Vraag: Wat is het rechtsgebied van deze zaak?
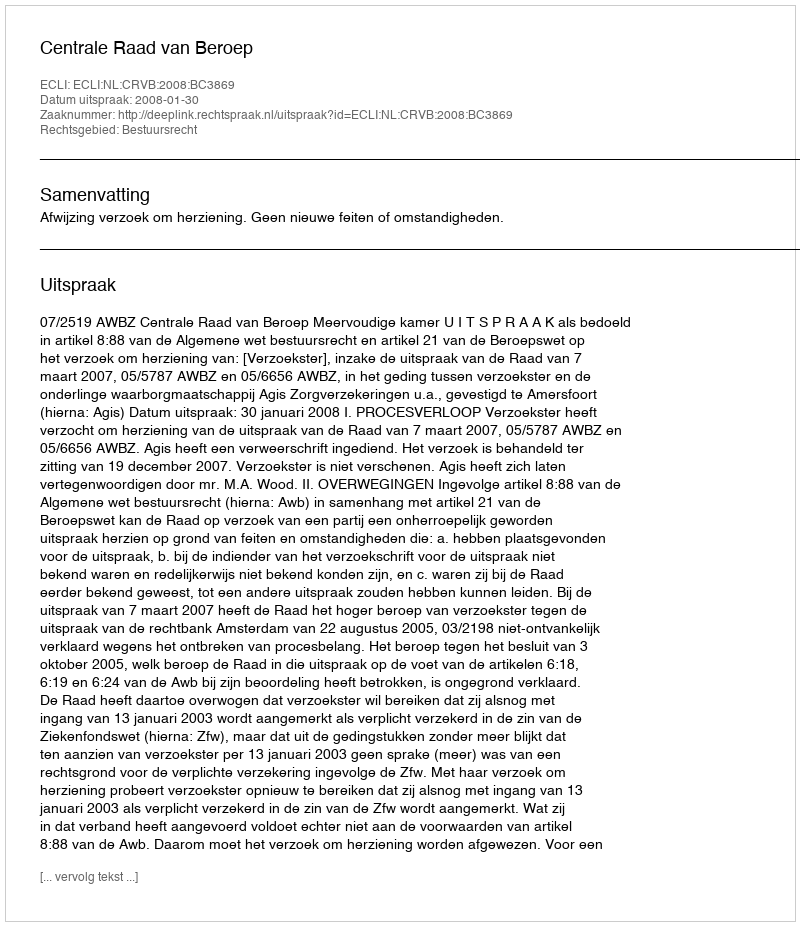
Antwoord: Bestuursrecht